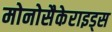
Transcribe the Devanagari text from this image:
मोनोसैकेराइड्स